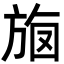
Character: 𣃳